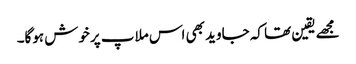
مجھےیقین تھا کہ جاوید بھی اس ملاپ پرخوش ہوگا۔